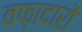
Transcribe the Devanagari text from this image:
वफ़ादारों